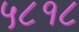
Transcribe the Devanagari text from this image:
५८१८